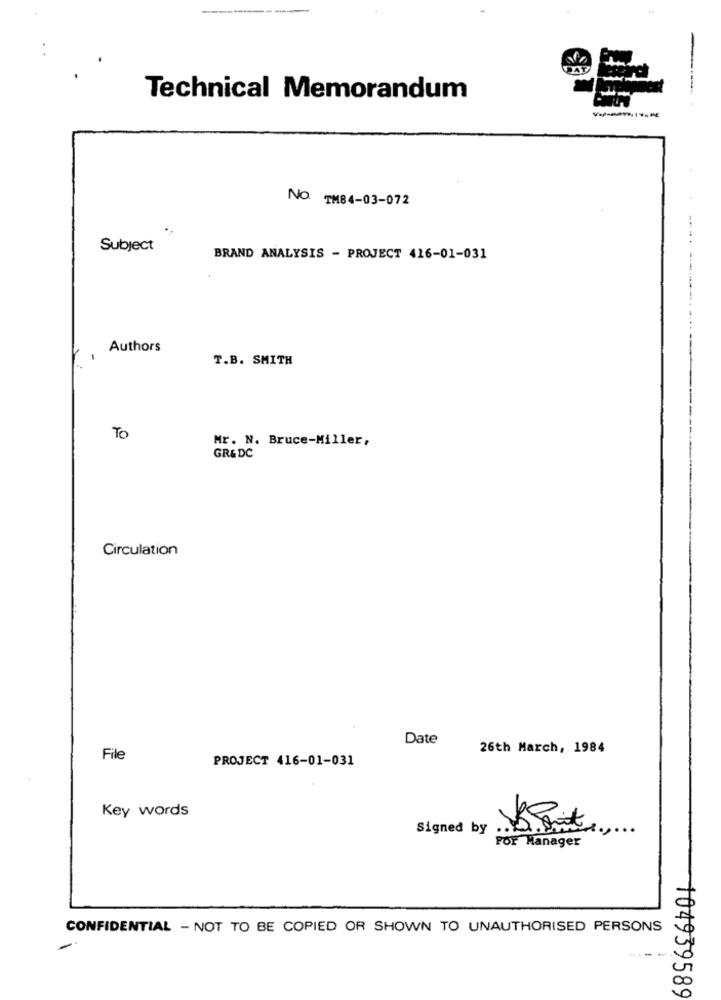
Technical Memorandum
No. TM84-03-072
... .. .
Subject
BRAND ANALYSIS - PROJECT 416-01-031
Authors
T.B. SMITH
To
Mr. N. Bruce-Miller,
GR&DC
Circulation
Date
26th March, 1984
File
PROJECT 416-01-031
Key words
Signed by
For Manager
CONFIDENTIAL - NOT TO BE COPIED OR SHOWN TO UNAUTHORISED PERSONS
---
104939589